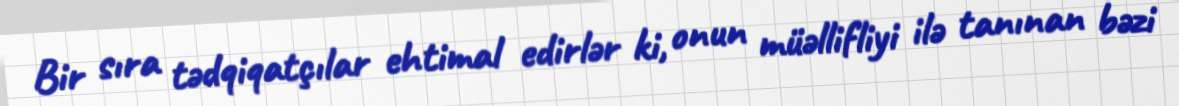
Bir sıra tədqiqatçılar ehtimal edirlər ki, onun müəllifliyi ilə tanınan bəzi